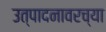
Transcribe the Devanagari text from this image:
उत्पादनावरच्या